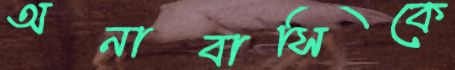
অনাবাসিকে